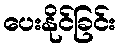
ပေးနိုင်ခြင်း